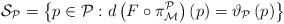
\begin{align*}\mathcal{S}_{\mathcal{P}}=\left\{ p\in \mathcal{P}:d\left( F\circ \pi _{\mathcal{M}}^{\mathcal{P}}\right) (p)=\vartheta _{\mathcal{P}}\left(p\right) \right\} \end{align*}